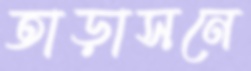
তাড়াসনে